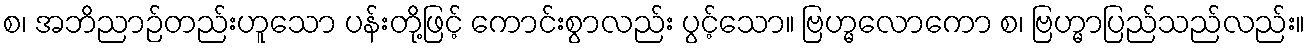
စ၊ အဘိညာဉ်တည်းဟူသော ပန်းတို့ဖြင့် ကောင်းစွာလည်း ပွင့်သော။ ဗြဟ္မလောကော စ၊ ဗြဟ္မာပြည်သည်လည်း။